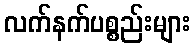
လက်နက်ပစ္စည်းများ